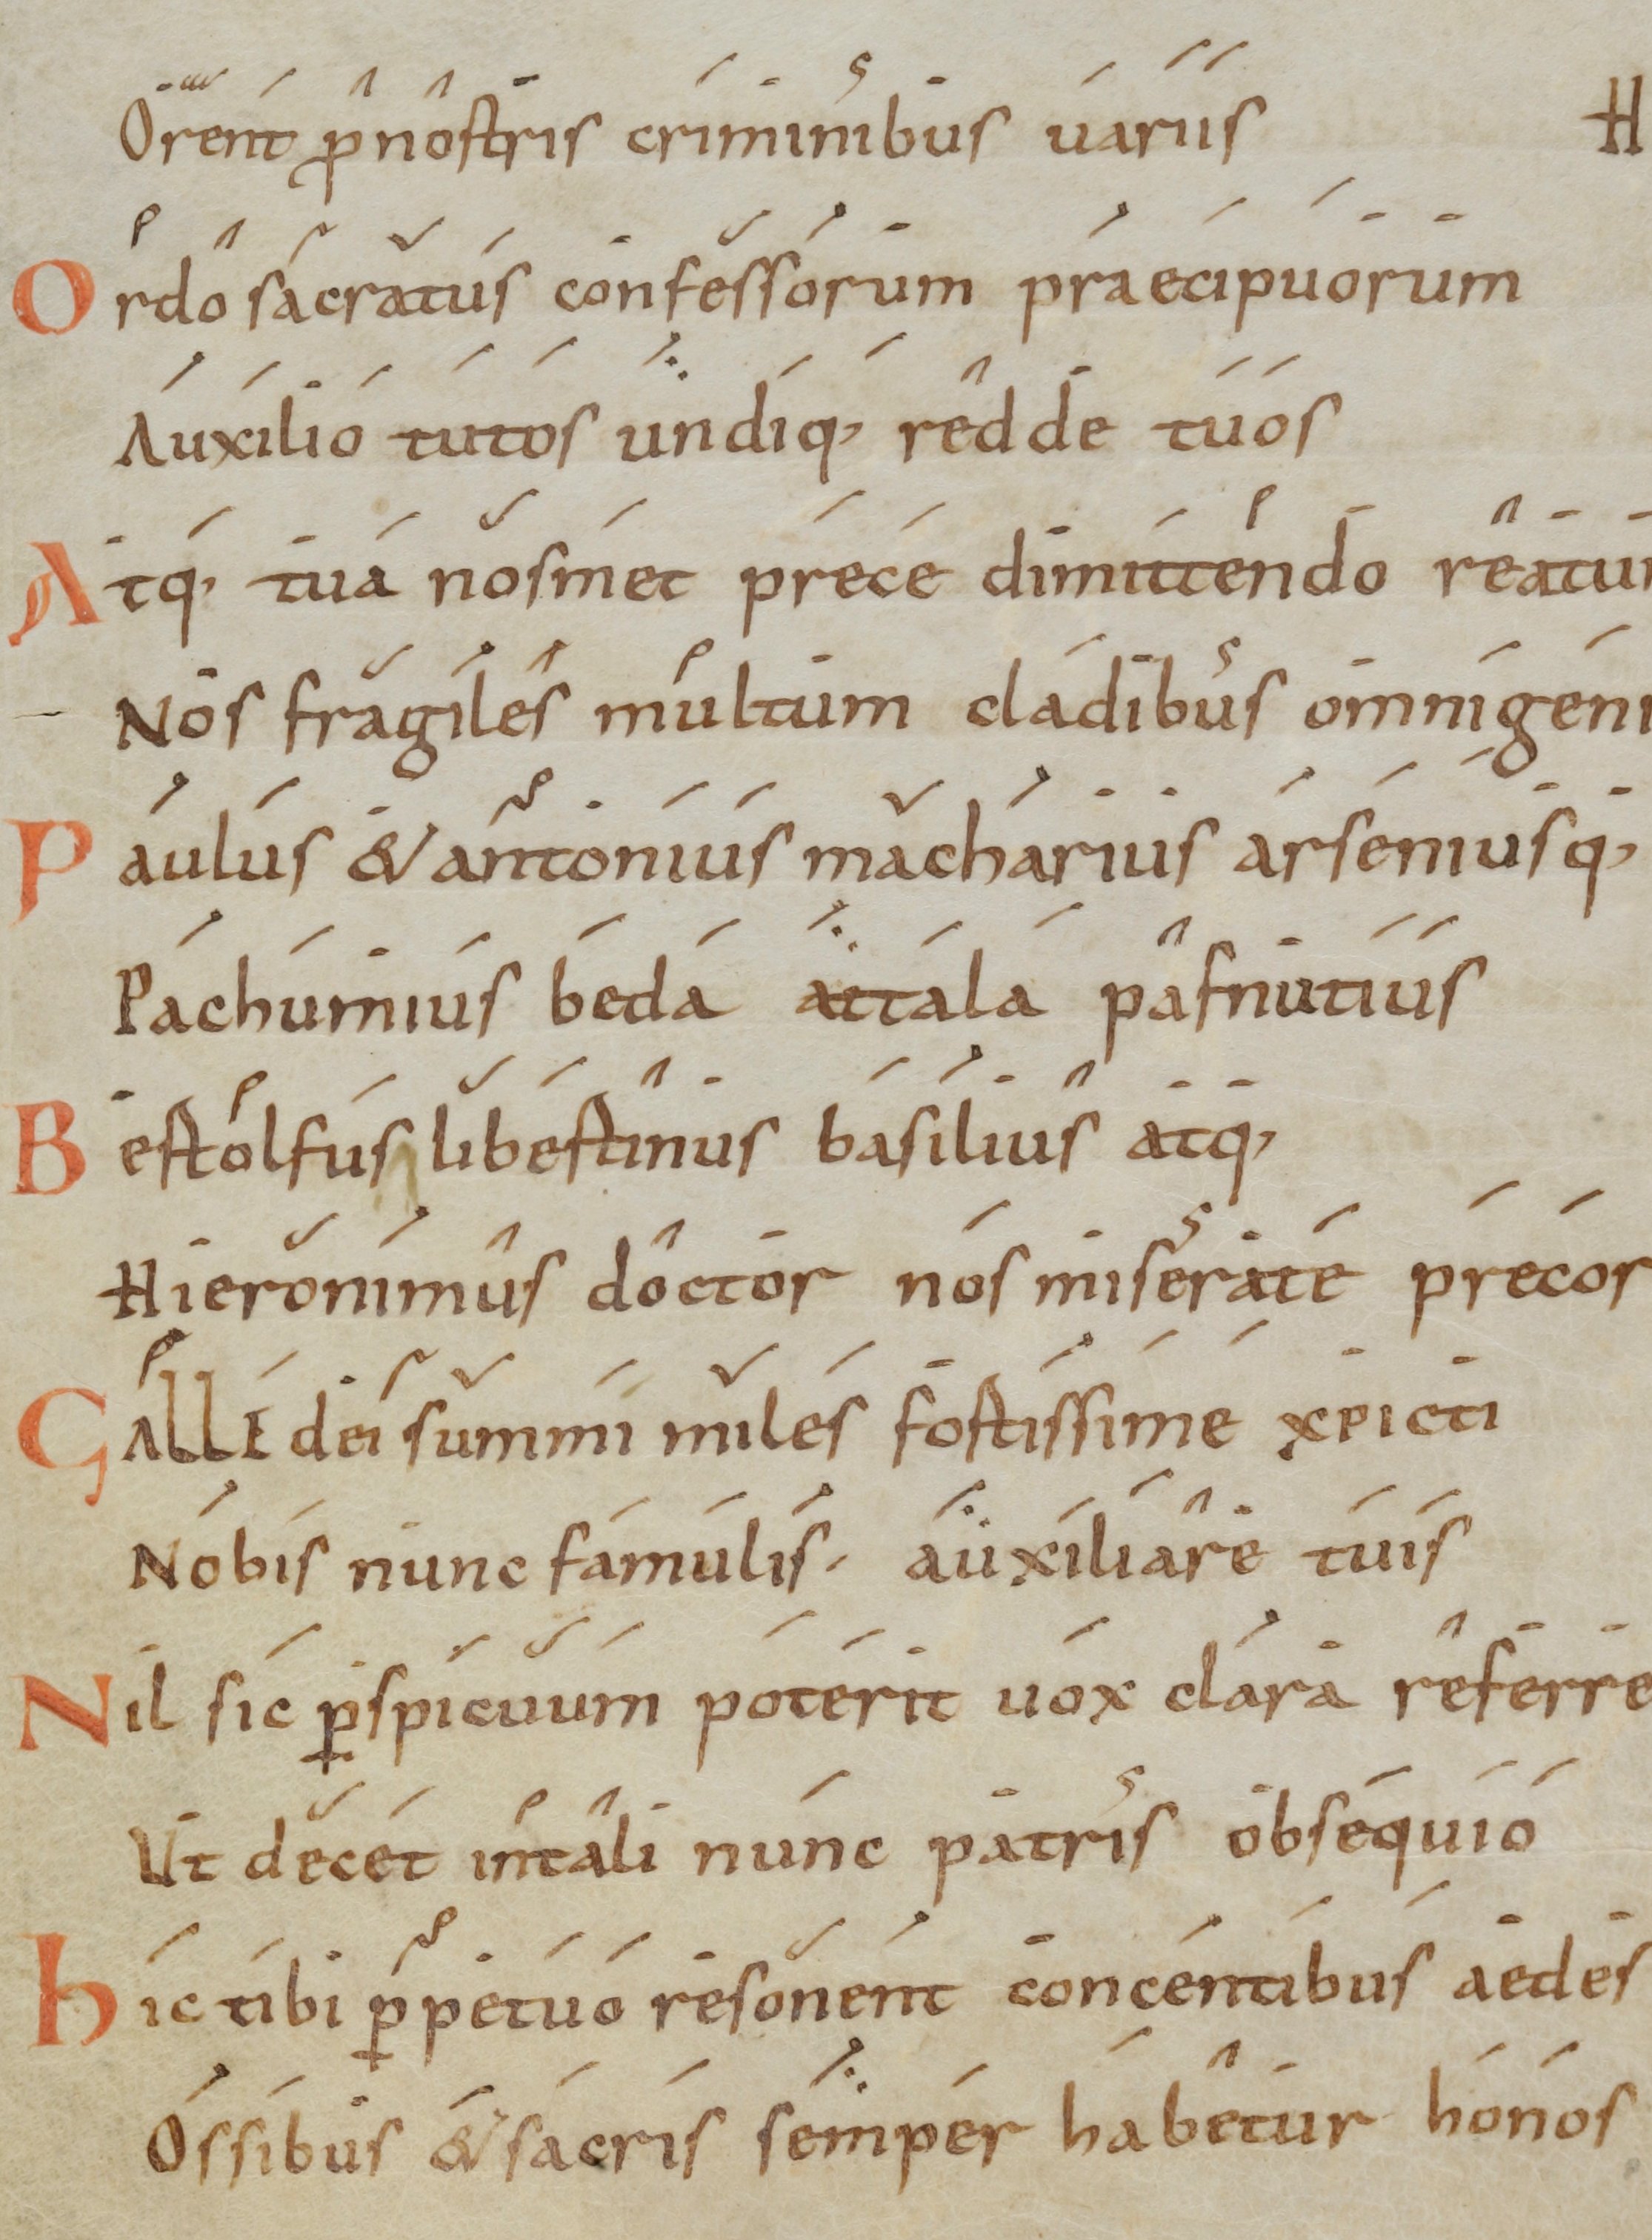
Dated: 1000–1099